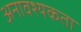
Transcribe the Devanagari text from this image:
अनावश्यकता